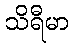
သိရီမာ